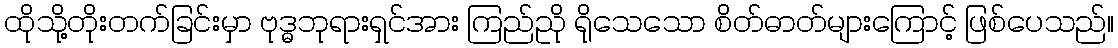
ထိုသို့တိုးတက်ခြင်းမှာ ဗုဒ္ဓဘုရားရှင်အား ကြည်ညို ရိုသေသော စိတ်ဓာတ်များကြောင့် ဖြစ်ပေသည်။